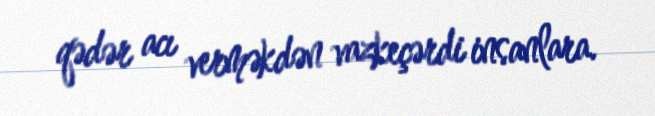
qədər acı verməkdən vazkeçərdi insanlara.